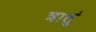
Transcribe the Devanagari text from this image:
त्रातुं